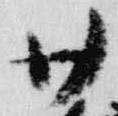
廿